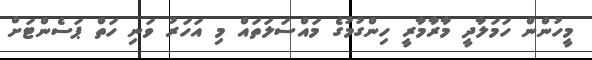
މީހުންން ހަމަލާދީ މާރާމާރީ ހިންގުމުގެ މައްސަލަތައް މި އަހަރު ވަނި ހަތް ޕަސެންޓަށް